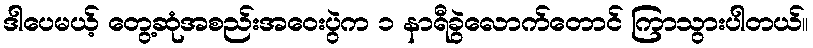
ဒါပေမယ့် တွေ့ဆုံအစည်းအဝေးပွဲက ၁ နာရီခွဲလောက်တောင် ကြာသွားပါတယ်။